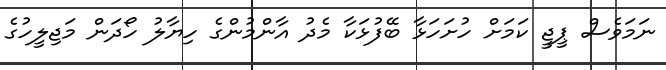
ނަމަވެސް ޕީޖީ ކަމަށް ހުށަހަޅާ ބޭފުޅަކާ މެދު އާންމުންގެ ހިޔާލު ހޯދަން މަޖިލީހުގެ